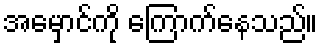
အမှောင်ကို ကြောက်နေသည်။